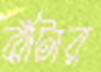
ঝাঁটার